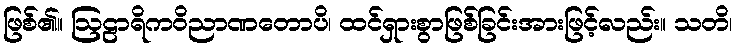
ဖြစ်၏။ ဩဠာရိကဝိညာဏတောပိ၊ ထင်ရှားစွာဖြစ်ခြင်းအားဖြင့်လည်း။ သတိ၊